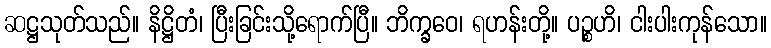
ဆဋ္ဌသုတ်သည်။ နိဋ္ဌိတံ၊ ပြီးခြင်းသို့ရောက်ပြီ။ ဘိက္ခဝေ၊ ရဟန်းတို့။ ပဉ္စဟိ၊ ငါးပါးကုန်သော။